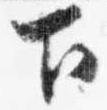
下